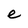
Character: e